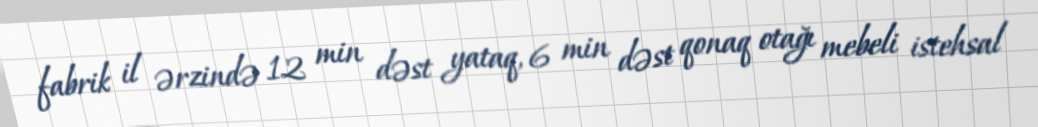
fabrik il ərzində 12 min dəst yataq, 6 min dəst qonaq otağı mebeli istehsal